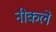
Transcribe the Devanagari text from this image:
नीकले